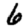
Digit: 6